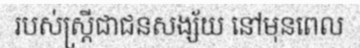
របស់ស្ត្រីជាជនសង្ស័យ នៅមុនពេល